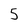
Character: 5